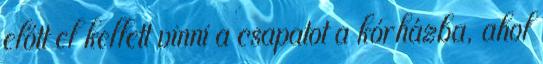
előtt el kellett vinni a csapatot a kórházba, ahol